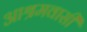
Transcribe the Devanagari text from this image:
आश्रमवासी